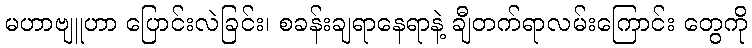
မဟာဗျူဟာ ပြောင်းလဲခြင်း၊ စခန်းချရာနေရာနဲ့ ချီတက်ရာလမ်းကြောင်း တွေကို